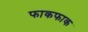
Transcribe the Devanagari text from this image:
फाकफाक